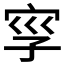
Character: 𡥜